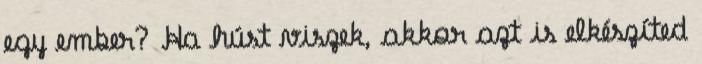
egy ember? Ha húst viszek, akkor azt is elkészíted